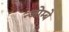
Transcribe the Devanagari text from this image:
न्जोम्बे